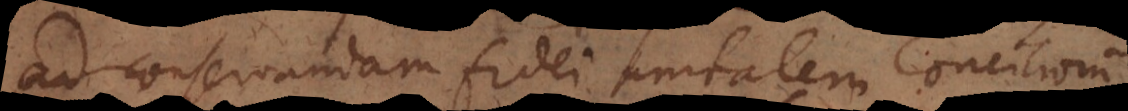
ad conservandam fidei unitatem Concilior